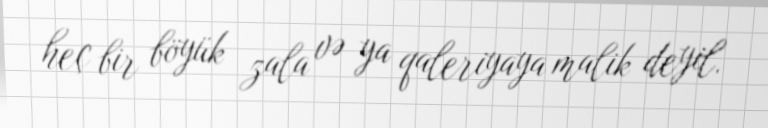
heç bir böyük zala və ya qaleriyaya malik deyil.